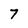
Character: 7